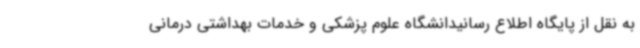
به نقل از پایگاه اطلاع رسانیدانشگاه علوم پزشکی و خدمات بهداشتی درمانی